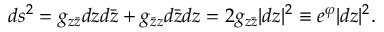
d s ^ { 2 } = g _ { z \bar { z } } d z d \bar { z } + g _ { \bar { z } z } d \bar { z } d z = 2 g _ { z \bar { z } } | d z | ^ { 2 } \equiv e ^ { \varphi } | d z | ^ { 2 } .